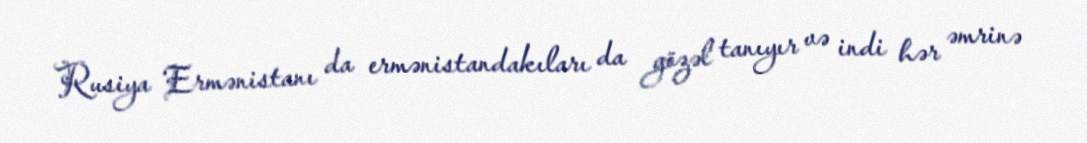
Rusiya Ermənistanı da ermənistandakıları da gözəl tanıyır və indi hər əmrinə